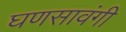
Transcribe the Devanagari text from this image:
घणसावंगी